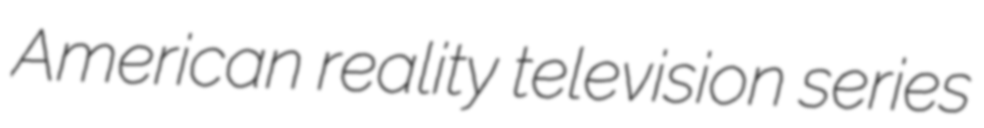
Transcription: American reality television series